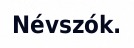
Névszók.